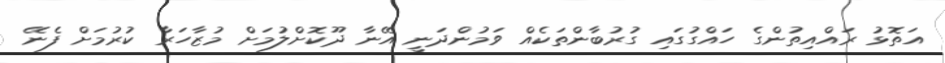
އަތޮޅު ރައްއިތުންގެ ހައްގުގައި ގުރުބާންތަކެއް ވަމުންދަނީ އޭނާ ދޫކޮށްލުމަށް މުޒާހަރާ ކުރުމަށް ފެނޭ